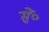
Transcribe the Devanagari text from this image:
सें॰